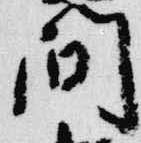
間